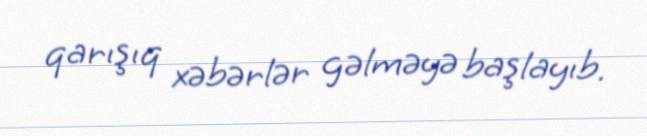
qarışıq xəbərlər gəlməyə başlayıb.